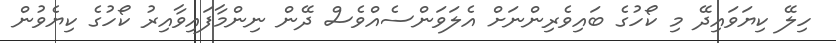
ހިލޭ ކިޔަވައިދޭ މި ކޯހުގެ ބައިވެރިންނަށް އެލަވަންސެއްވެސް ދޭން ނިންމާފައިވާއިރު ކޯހުގެ ކިޔެވުން